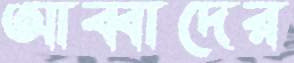
আব্বাদের